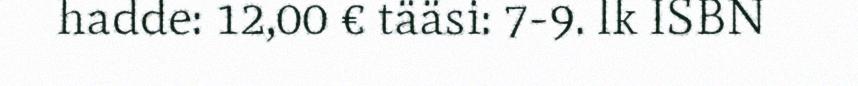
hadde: 12,00 € tääsi: 7-9. lk ISBN